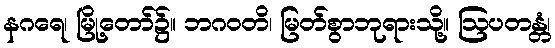
နဂရေ၊ မြို့တော်၌။ ဘဂဝတိ၊ မြတ်စွာဘုရားသို့။ ဩပတန္တံ၊